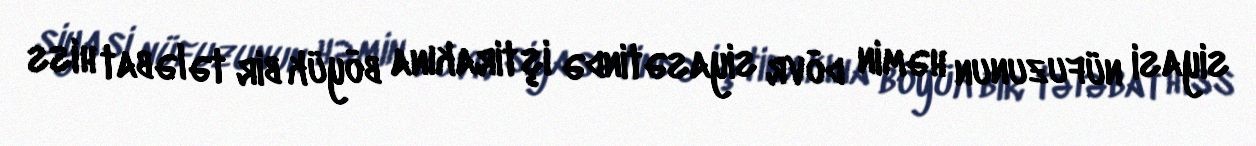
siyasi nüfuzunun həmin dövr siyasətində iştirakına böyük bir tələbat hiss